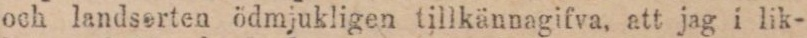
och landsorten ödmjukligen tillkännagifva, att jag i lik-